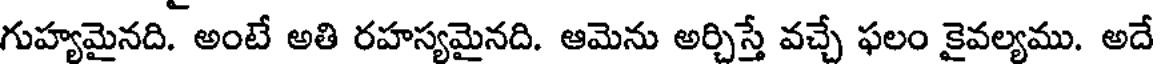
గుహ్యమైనది. అంటే అతి రహస్యమైనది. ఆమెను అర్చిస్తే వచ్చే ఫలం కైవల్యము. అదే